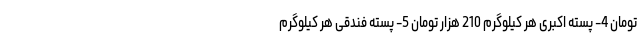
تومان 4- پسته اکبری هر کیلوگرم 210 هزار تومان 5- پسته فندقی هر کیلوگرم